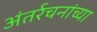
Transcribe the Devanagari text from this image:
अंतर्रचनांच्या